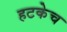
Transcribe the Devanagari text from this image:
हटकेच